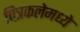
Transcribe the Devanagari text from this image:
चित्रकलेमध्ये